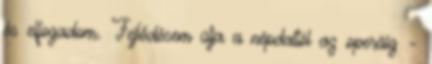
és elfogadom. Fejlődésem útja a népdaltól az operáig –